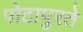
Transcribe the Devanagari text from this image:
पोटापुरते